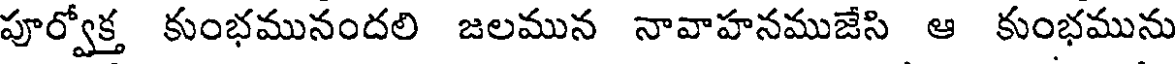
పూర్వోక్త కుంభమునందలి జలమున నావాహనముజేసి ఆ కుంభమును